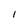
Character: I